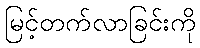
မြင့်တက်လာခြင်းကို